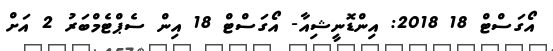
އޯގަސްޓް 18 2018: އިންޑޮނީޝިއާ- އޯގަސްޓް 18 އިން ސެޕްޓެމްބަރު 2 އަށް